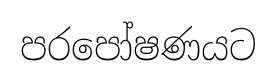
පරපෝෂණයට